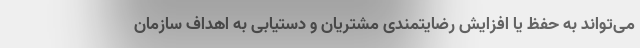
می‌تواند به حفظ یا افزایش رضایتمندی مشتریان و دستیابی به اهداف سازمان